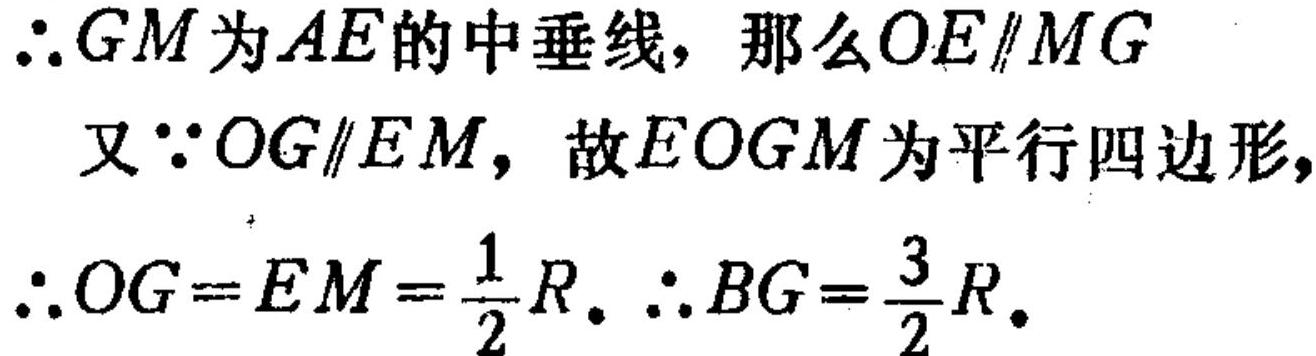
\(\therefore GM\)为\(AE\)的中垂线，那么\(OE\parallel MG\)
又\(\because OG\parallel EM\)，故\(EOGM\)为平行四边形，
\(\therefore OG = EM=\frac{1}{2}R\). \(\therefore BG=\frac{3}{2}R\).